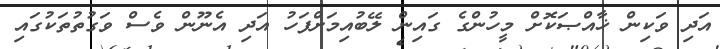
އަދި ވަކިން ޚާއްޞަކޮށް މީހުންގެ ގައިން ލޭބުއިމަށްފަހު އަދި އެނޫން ވެސް ވަގުތުތަކުގައި